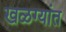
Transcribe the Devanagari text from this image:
खळग्यांत